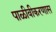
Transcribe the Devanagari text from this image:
पाळीवीकरणास